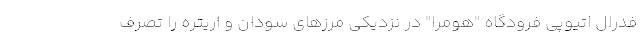
فدرال اتیوپی فرودگاه "هومرا" در نزدیکی مرزهای سودان و اریتره را تصرف